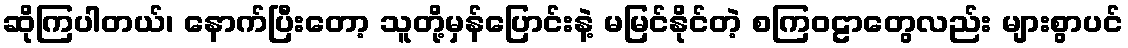
ဆိုကြပါတယ်၊ နောက်ပြီးတော့ သူတို့မှန်ပြောင်းနဲ့ မမြင်နိုင်တဲ့ စကြဝဠာတွေလည်း များစွာပင်